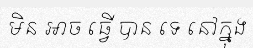
មិន ឤច ធ្វើ បាន ទេ នៅក្នុង